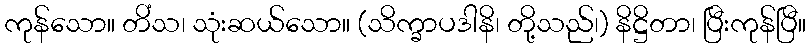
ကုန်သော။ တိံသ၊ သုံးဆယ်သော။ (သိက္ခာပဒါနိ၊ တို့သည်၊) နိဋ္ဌိတာ၊ ပြီးကုန်ပြီ။